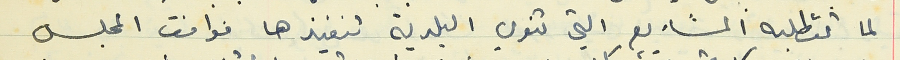
لما تتطلبه المشاريع التي تنوي البلدية تنفيذها فوافق المجلس